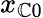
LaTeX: x_{\mathbb{C}0}